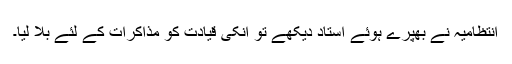
انتظامیہ نے بھپرے ہوئے استاد دیکھے تو انکی قیادت کو مذاکرات کے لئے بلا لیا۔